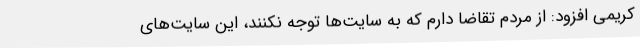
کریمی افزود: از مردم تقاضا دارم که به سایت‌ها توجه نکنند، این سایت‌های